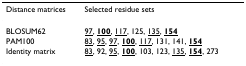
<table><thead><tr><td><b>Distance matrices</b></td><td><b>Selected residue sets</b></td></tr></thead><tbody><tr><td>BLOSUM62</td><td><underline>97</underline>, <b><underline>100</underline></b>, <underline>117</underline>, 125, <underline>135</underline>, <b><underline>154</underline></b></td></tr><tr><td>PAM100</td><td><underline>83</underline>, <underline>95</underline>, <underline>97</underline>, <b><underline>100</underline></b>, <underline>117</underline>, 131, 141, <b><underline>154</underline></b></td></tr><tr><td>Identity matrix</td><td><underline>83</underline>, 92, <underline>95</underline>, <b><underline>100</underline></b>, 103, 123, <underline>135</underline>, <b><underline>154</underline></b>, 273</td></tr></tbody></table>